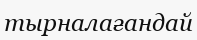
тырналағандай